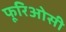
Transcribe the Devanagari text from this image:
फूरिओसी